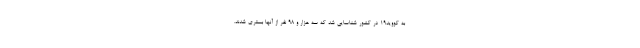
به کووید۱۹ در کشور شناسایی شد که سه هزار و ۹۸ نفر از آنها بستری شدند.